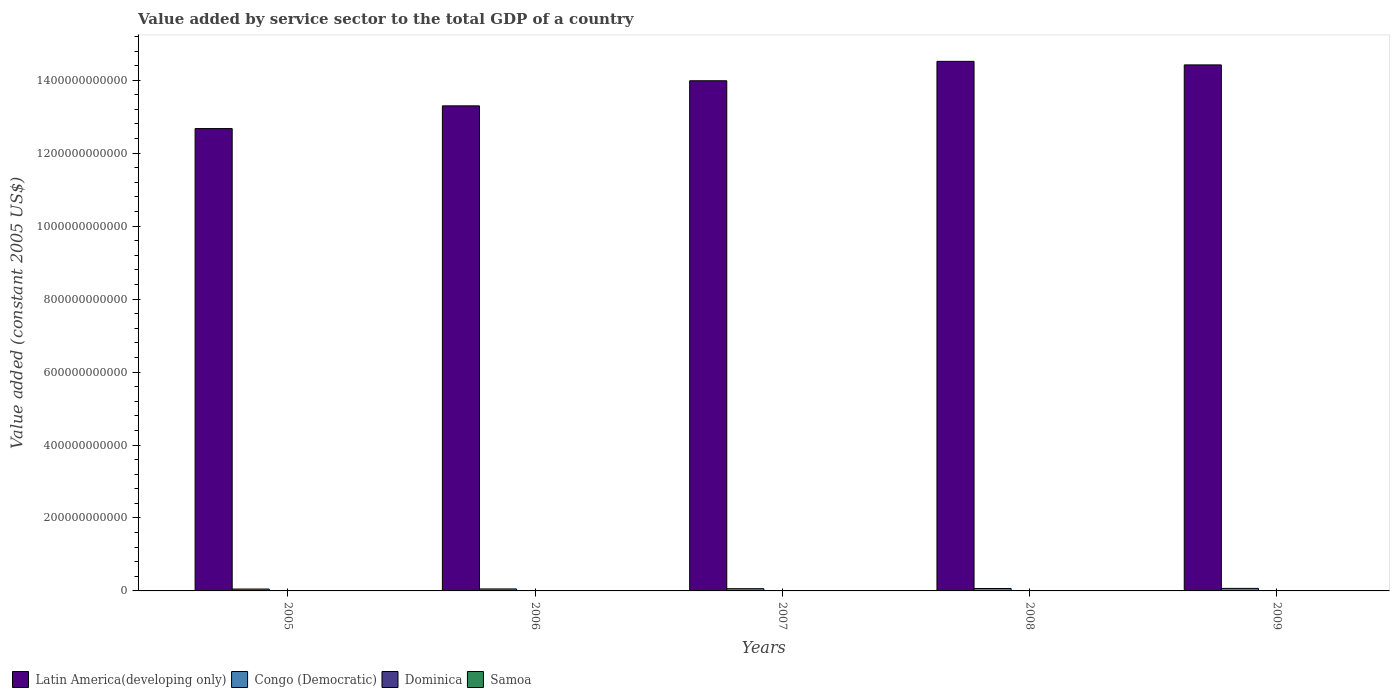
| Years | Latin America(developing only) | Congo (Democratic) | Dominica | Samoa |
 | --- | --- | --- | --- | --- |
 | 2005 | 1.27e+12 | 5.15e+09 | 2.25e+08 | 2.63e+08 |
 | 2006 | 1.33e+12 | 5.47e+09 | 2.27e+08 | 2.75e+08 |
 | 2007 | 1.4e+12 | 6.09e+09 | 2.4e+08 | 2.84e+08 |
 | 2008 | 1.45e+12 | 6.65e+09 | 2.54e+08 | 2.93e+08 |
 | 2009 | 1.44e+12 | 6.9e+09 | 2.55e+08 | 2.97e+08 |